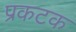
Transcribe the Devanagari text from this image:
प्रकटक